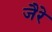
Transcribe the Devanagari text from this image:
जैरे